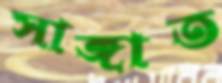
সাঙ্গাত